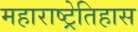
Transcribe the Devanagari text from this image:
महाराष्ट्रेतिहास